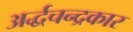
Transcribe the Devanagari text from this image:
अर्द्धचन्द्रकार